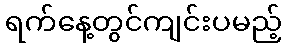
ရက်နေ့တွင်ကျင်းပမည့်